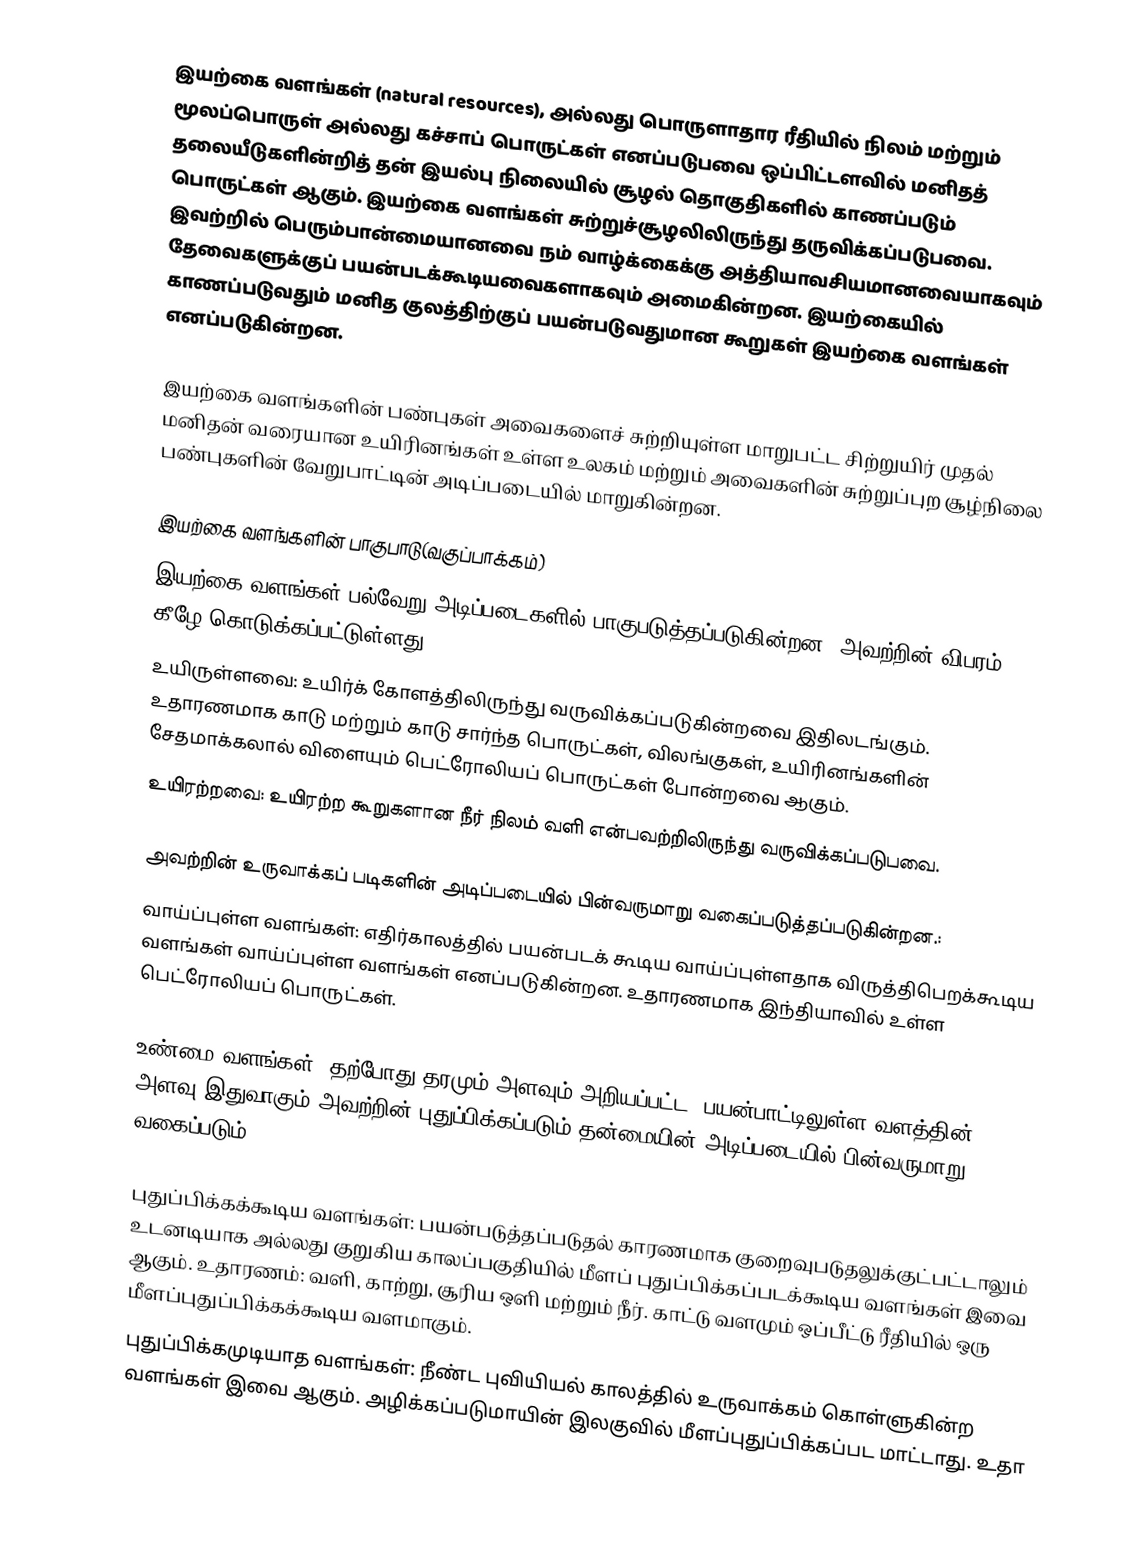
இயற்கை வளங்கள் (natural resources), அல்லது பொருளாதார ரீதியில் நிலம் மற்றும் மூலப்பொருள் அல்லது கச்சாப் பொருட்கள் எனப்படுபவை ஒப்பிட்டளவில் மனிதத் தலையீடுகளின்றித் தன் இயல்பு நிலையில் சூழல் தொகுதிகளில் காணப்படும் பொருட்கள் ஆகும். இயற்கை வளங்கள் சுற்றுச்சூழலிலிருந்து தருவிக்கப்படுபவை. இவற்றில் பெரும்பான்மையானவை நம் வாழ்க்கைக்கு அத்தியாவசியமானவையாகவும் தேவைகளுக்குப் பயன்படக்கூடியவைகளாகவும் அமைகின்றன. இயற்கையில் காணப்படுவதும் மனித குலத்திற்குப் பயன்படுவதுமான கூறுகள் இயற்கை வளங்கள் எனப்படுகின்றன.

இயற்கை வளங்களின் பண்புகள் அவைகளைச் சுற்றியுள்ள மாறுபட்ட சிற்றுயிர் முதல் மனிதன் வரையான உயிரினங்கள் உள்ள உலகம் மற்றும் அவைகளின் சுற்றுப்புற சூழ்நிலை  பண்புகளின் வேறுபாட்டின் அடிப்படையில்  மாறுகின்றன.

இயற்கை வளங்களின் பாகுபாடு(வகுப்பாக்கம்)
இயற்கை வளங்கள் பல்வேறு அடிப்படைகளில் பாகுபடுத்தப்படுகின்றன. அவற்றின் விபரம் கீழே கொடுக்கப்பட்டுள்ளது.:
 உயிருள்ளவை:  உயிர்க் கோளத்திலிருந்து வருவிக்கப்படுகின்றவை இதிலடங்கும். உதாரணமாக காடு மற்றும் காடு சார்ந்த பொருட்கள், விலங்குகள், உயிரினங்களின் சேதமாக்கலால் விளையும் பெட்ரோலியப் பொருட்கள் போன்றவை ஆகும்.
 உயிரற்றவை:  உயிரற்ற கூறுகளான நீர் நிலம் வளி என்பவற்றிலிருந்து வருவிக்கப்படுபவை.

அவற்றின் உருவாக்கப் படிகளின் அடிப்படையில் பின்வருமாறு வகைப்படுத்தப்படுகின்றன.:
 வாய்ப்புள்ள வளங்கள்: எதிர்காலத்தில் பயன்படக் கூடிய வாய்ப்புள்ளதாக விருத்திபெறக்கூடிய வளங்கள் வாய்ப்புள்ள வளங்கள் எனப்படுகின்றன. உதாரணமாக இந்தியாவில் உள்ள  பெட்ரோலியப் பொருட்கள்.

 உண்மை வளங்கள்: தற்போது தரமும் அளவும் அறியப்பட்ட, பயன்பாட்டிலுள்ள வளத்தின் அளவு இதுவாகும் அவற்றின் புதுப்பிக்கப்படும் தன்மையின் அடிப்படையில் பின்வருமாறு வகைப்படும்:

 புதுப்பிக்கக்கூடிய வளங்கள்:  பயன்படுத்தப்படுதல் காரணமாக குறைவுபடுதலுக்குட்பட்டாலும் உடனடியாக அல்லது குறுகிய காலப்பகுதியில் மீளப் புதுப்பிக்கப்படக்கூடிய வளங்கள் இவை ஆகும். உதாரணம்: வளி, காற்று, சூரிய ஒளி மற்றும் நீர். காட்டு வளமும் ஒப்பீட்டு ரீதியில் ஒரு மீளப்புதுப்பிக்கக்கூடிய வளமாகும்.
 புதுப்பிக்கமுடியாத வளங்கள்:  நீண்ட புவியியல் காலத்தில் உருவாக்கம் கொள்ளுகின்ற வளங்கள் இவை ஆகும். அழிக்கப்படுமாயின் இலகுவில் மீளப்புதுப்பிக்கப்பட மாட்டாது.  உதா